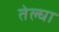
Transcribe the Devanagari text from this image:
तेल्घा